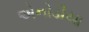
એનોડીયા